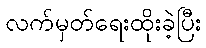
လက်မှတ်ရေးထိုးခဲ့ပြီး